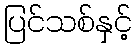
ပြင်သစ်နှင့်